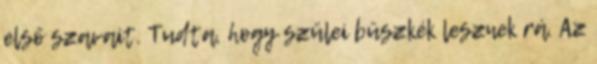
első szavait. Tudta, hogy szülei büszkék lesznek rá. Az